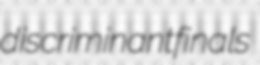
discriminant finals